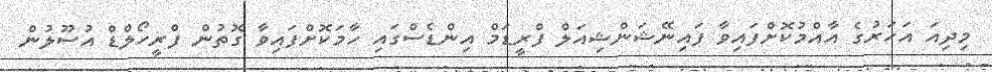
މިދިއަ އަހަރުގެ އާއްމުކޮށްފައިވާ ފައިނޭޝަންޝިއަލް ފްރީޑަމް އިންޑެސްގައި ހާމަކޮށްފައިވާ ގޮތުން ފްރީހޯލްޑް އުސޫލުން